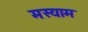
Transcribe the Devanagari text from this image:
मस्याम